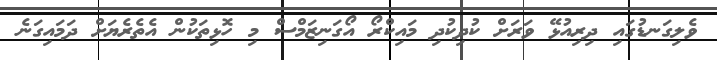
ވެލިގަނޑުގައި ދިރިއުޅޭ ވަރަށް ކުދިކުދި މައިކްރޯ އޯގަނިޒަމްސް މި ހޮޅިތަކުން އެތެރެޔަށް ދަމައިގަނެ